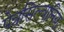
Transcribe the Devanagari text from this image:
पेन्नसिल्वानिया